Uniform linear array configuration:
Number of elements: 8
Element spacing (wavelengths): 1
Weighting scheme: exponential
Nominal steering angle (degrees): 0
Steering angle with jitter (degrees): -1.785
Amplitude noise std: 0.05
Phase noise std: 0.05

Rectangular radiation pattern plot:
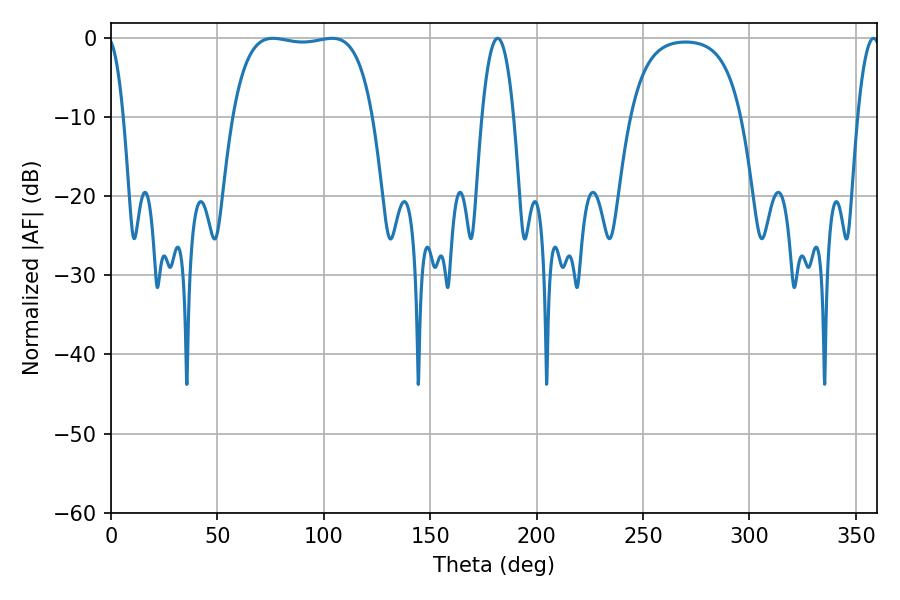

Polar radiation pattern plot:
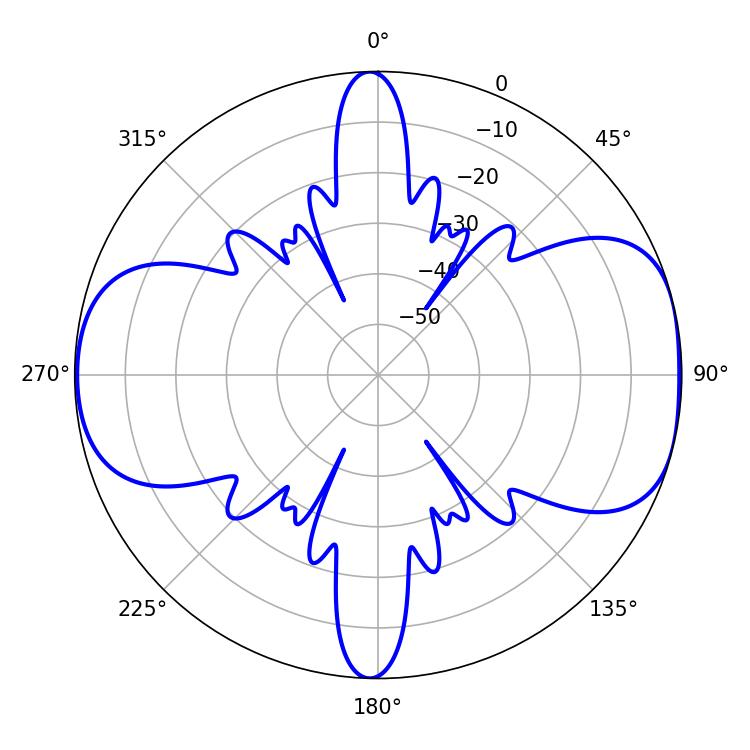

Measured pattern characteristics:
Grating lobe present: TRUE
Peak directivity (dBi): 8.247
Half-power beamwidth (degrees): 52.2
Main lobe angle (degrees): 76.14